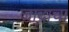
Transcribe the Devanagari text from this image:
जादाचा